Annual report of the Punjab Veterinary College and of the Civil Veterinary Department, Punjab - 1926-1932
Year: 1926
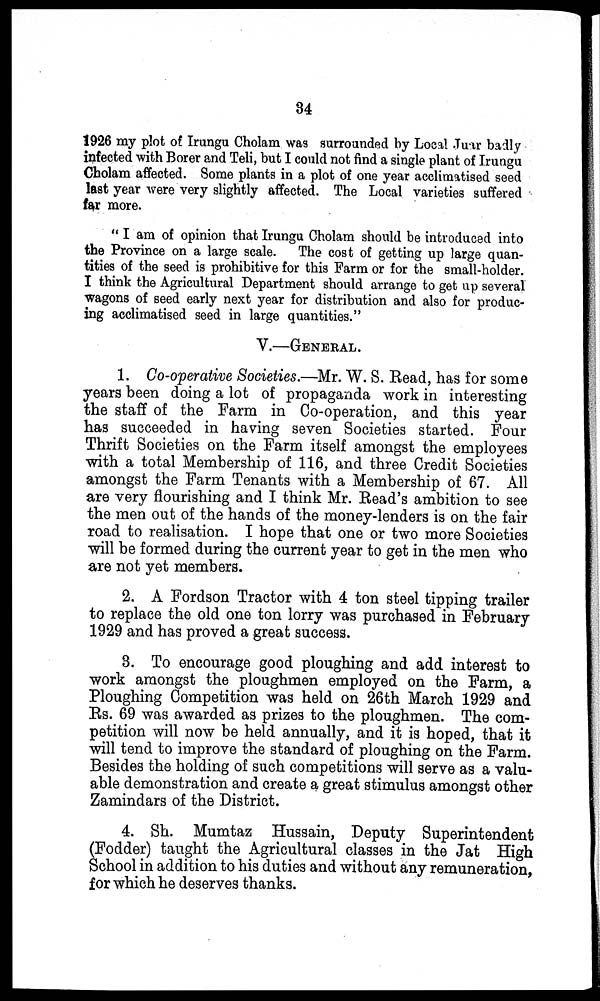
34
1926 my plot of Irungu Cholam was surrounded by Local Juar badly
infected with Borer and Teli, but I could not find a single plant of Irungu
Cholam affected. Some plants in a plot of one year acclimatised seed
last year were very slightly affected. The Local varieties suffered
far more.
" I am of opinion that Irungu Cholam should be introduced into
the Province on a large scale. The cost of getting up large quan-
tities of the seed is prohibitive for this Farm or for the small-holder.
I think the Agricultural Department should arrange to get up several
wagons of seed early next year for distribution and also for produc-
ing acclimatised seed in large quantities."
V.—GENERAL.
1. Co-operative Societies.—Mr. W. S. Read, has for some
years been doing a lot of propaganda work in interesting
the staff of the Farm in Co-operation, and this year
has succeeded in having seven Societies started. Four
Thrift Societies on the Farm itself amongst the employees
with a total Membership of 116, and three Credit Societies
amongst the Farm Tenants with a Membership of 67. All
are very flourishing and I think Mr. Read's ambition to see
the men out of the hands of the money-lenders is on the fair
road to realisation. I hope that one or two more Societies
will be formed during the current year to get in the men who
are not yet members.
2. A Fordson Tractor with 4 ton steel tipping trailer
to replace the old one ton lorry was purchased in February
1929 and has proved a great success.
3. To encourage good ploughing and add interest to
work amongst the ploughmen employed on the Farm, a
Ploughing Competition was held on 26th March 1929 and
Rs. 69 was awarded as prizes to the ploughmen. The com-
petition will now be held annually, and it is hoped, that it
will tend to improve the standard of ploughing on the Farm.
Besides the holding of such competitions will serve as a valu-
able demonstration and create a great stimulus amongst other
Zamindars of the District.
4. Sh. Mumtaz Hussain, Deputy Superintendent
(Fodder) taught the Agricultural classes in the Jat High
School in addition to his duties and without any remuneration,
for which he deserves thanks.